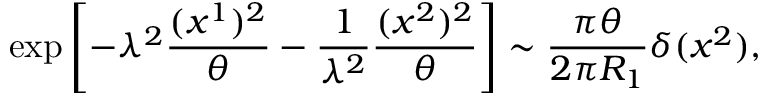
\exp \left[ - \lambda ^ { 2 } \frac { ( x ^ { 1 } ) ^ { 2 } } { \theta } - \frac { 1 } { \lambda ^ { 2 } } \frac { ( x ^ { 2 } ) ^ { 2 } } { \theta } \right] \sim \frac { \pi \theta } { 2 \pi R _ { 1 } } \delta ( x ^ { 2 } ) ,